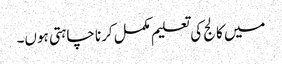
میں کالج کی تعلیم مکمل کرنا چاہتی ہوں۔